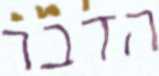
הדבר